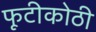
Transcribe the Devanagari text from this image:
फूटीकोठी